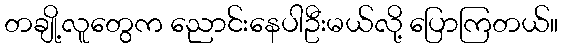
တချို့လူတွေက ညောင်းနေပါဦးမယ်လို့ ပြောကြတယ်။